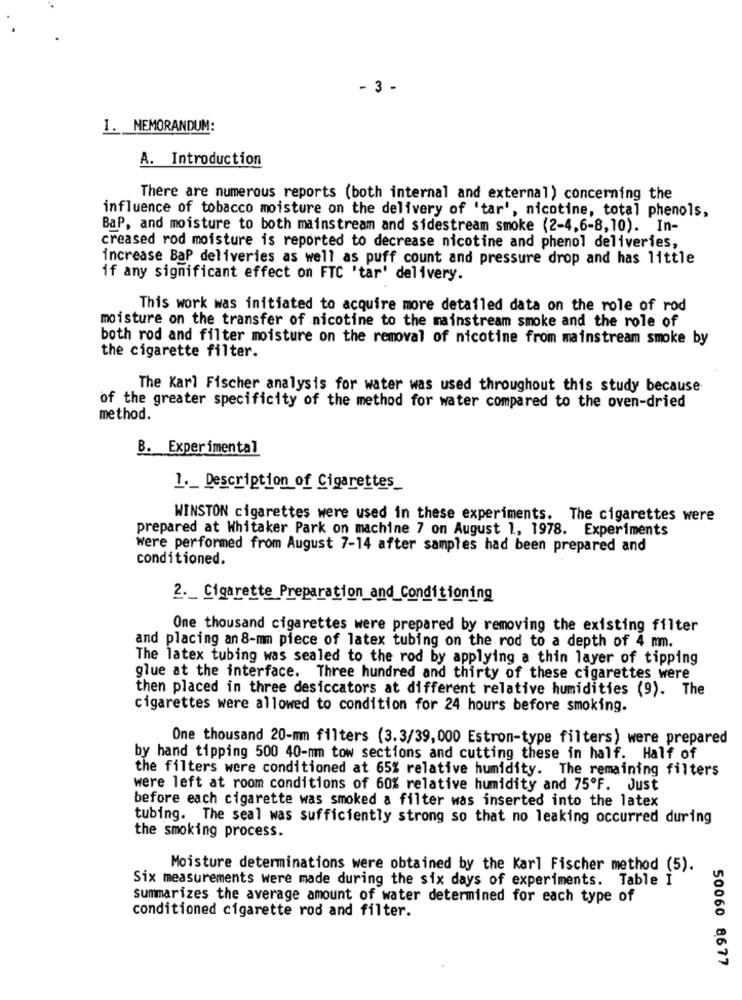
- 3 -
I. MEMORANDUM:
A. Introduction
There are numerous reports (both internal and external) concerning the
influence of tobacco moisture on the delivery of 'tar', nicotine, total phenols,
BaP, and moisture to both mainstream and sidestream smoke (2-4,6-8,10). In-
creased rod moisture is reported to decrease nicotine and phenol deliveries,
increase Bap deliveries as well as puff count and pressure drop and has little
if any significant effect on FTC 'tar' delivery.
This work was initiated to acquire more detailed data on the role of rod
moisture on the transfer of nicotine to the mainstream smoke and the role of
both rod and filter moisture on the removal of nicotine from mainstream smoke by
the cigarette filter.
The Karl Fischer analysis for water was used throughout this study because
of the greater specificity of the method for water compared to the oven-dried
method.
B. Experimental
1 ._ Description of Cigarettes_
WINSTON cigarettes were used in these experiments. The cigarettes were
prepared at Whitaker Park on machine 7 on August 1, 1978. Experiments
were performed from August 7-14 after samples had been prepared and
conditioned.
2 ._ Cigarette Preparation_and_Conditioning
One thousand cigarettes were prepared by removing the existing filter
and placing an 8-mm piece of latex tubing on the rod to a depth of 4 mm.
The latex tubing was sealed to the rod by applying a thin layer of tipping
glue at the interface. Three hundred and thirty of these cigarettes were
then placed in three desiccators at different relative humidities (9). The
cigarettes were allowed to condition for 24 hours before smoking.
One thousand 20-mm filters (3.3/39,000 Estron-type filters) were prepared
by hand tipping 500 40-mmm tow sections and cutting these in half. Half of
the filters were conditioned at 65% relative humidity. The remaining filters
were left at room conditions of 60% relative humidity and 75ºF. Just
before each cigarette was smoked a filter was inserted into the latex
tubing. The seal was sufficiently strong so that no leaking occurred during
the smoking process.
Moisture determinations were obtained by the Karl Fischer method (5).
Six measurements were made during the six days of experiments. Table I
summarizes the average amount of water determined for each type of
conditioned cigarette rod and filter.
50060 8677